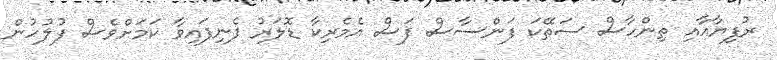
ރުފިޔާއާއި ތިންހާސް ސަތޭކަ ފަންސާސް ފަސް އެމެރިކާ ޑޮލަރު ފެނިފައިވާ ކަމަށްވެސް ފުލުހުން